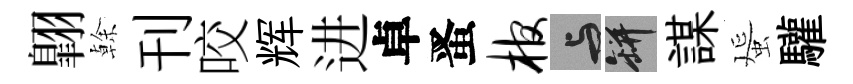
翺𠏉刊咬辉进卓󱉠棺与瓶謀蜑驩